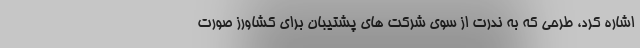
اشاره کرد، طرحی که به ندرت از سوی شرکت های پشتیبان برای کشاورز صورت